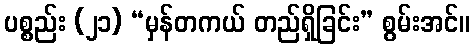
ပစ္စည်း (၂၁) “မှန်တကယ် တည်ရှိခြင်း” စွမ်းအင်။